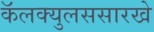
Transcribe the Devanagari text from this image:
कॅलक्युलससारखे